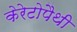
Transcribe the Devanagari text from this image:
केरेटोपैथी